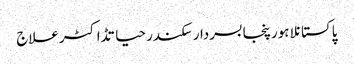
پاکستانلاہورپنجابسردار سکندر حیاتڈاکٹرعلاج